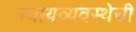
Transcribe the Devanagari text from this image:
न्यायव्यवस्थेची